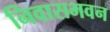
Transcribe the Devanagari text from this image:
निवासभवन